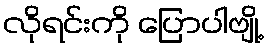
လိုရင်းကို ပြောပါဗျို့